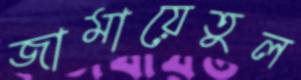
জামায়েতুল